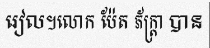
រៀល។លោក ប៉ែត ភ័ក្ត្រា បាន